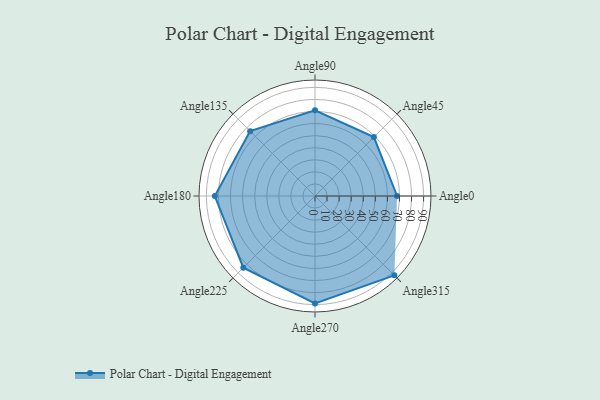
{"axis": {"x": "Angle", "y": "Radius"}, "legend": [""], "data": [{"x": "Angle0", "y": 68.0, "type": ""}, {"x": "Angle45", "y": 69.0, "type": ""}, {"x": "Angle90", "y": 71.0, "type": ""}, {"x": "Angle135", "y": 76.0, "type": ""}, {"x": "Angle180", "y": 83.0, "type": ""}, {"x": "Angle225", "y": 84.0, "type": ""}, {"x": "Angle270", "y": 89.0, "type": ""}, {"x": "Angle315", "y": 93.0, "type": ""}]}